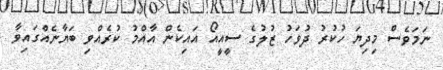
ނަމަވެސް މިދިޔަ ހުކުރު ދުވަހު ޒުލުގެ ސީއީއޯ އައިކެން އާއްމު ކުރެއްވި ބަޔާނެއްގައިވާ